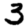
Digit: 3